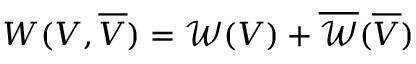
W ( V , \overline { { V } } ) = \mathcal { W } ( V ) + \overline { { \mathcal { W } } } ( \overline { { V } } )